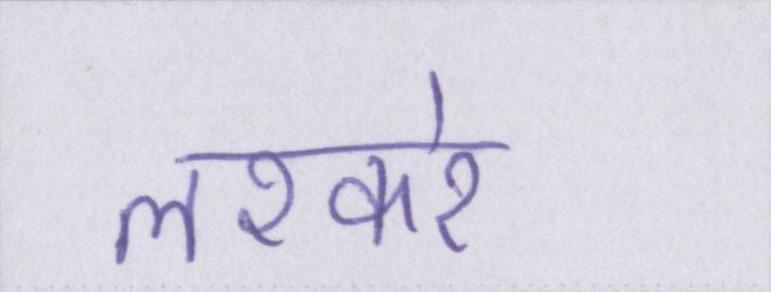
लश्करे